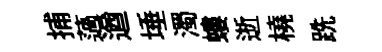
捕薖遒埵濁螻逝橈跣